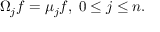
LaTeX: \Omega _ { j } f = \mu _ { j } f , \; 0 \leq j \leq n .